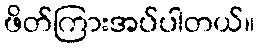
ဖိတ်ကြားအပ်ပါတယ်။